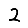
Digit: 2